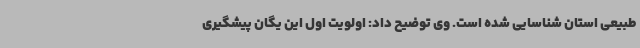
طبیعی استان شناسایی شده است. وی توضیح داد: اولویت اول این یگان پیشگیری